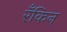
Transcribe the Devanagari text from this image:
रँकिन